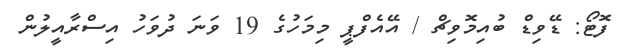
ފޮޓޯ: ޑޭވިޑް ބުއިމޮވިޗް / އޭއެފްޕީ މިމަހުގެ 19 ވަނަ ދުވަހު އިސްރާއީލުން